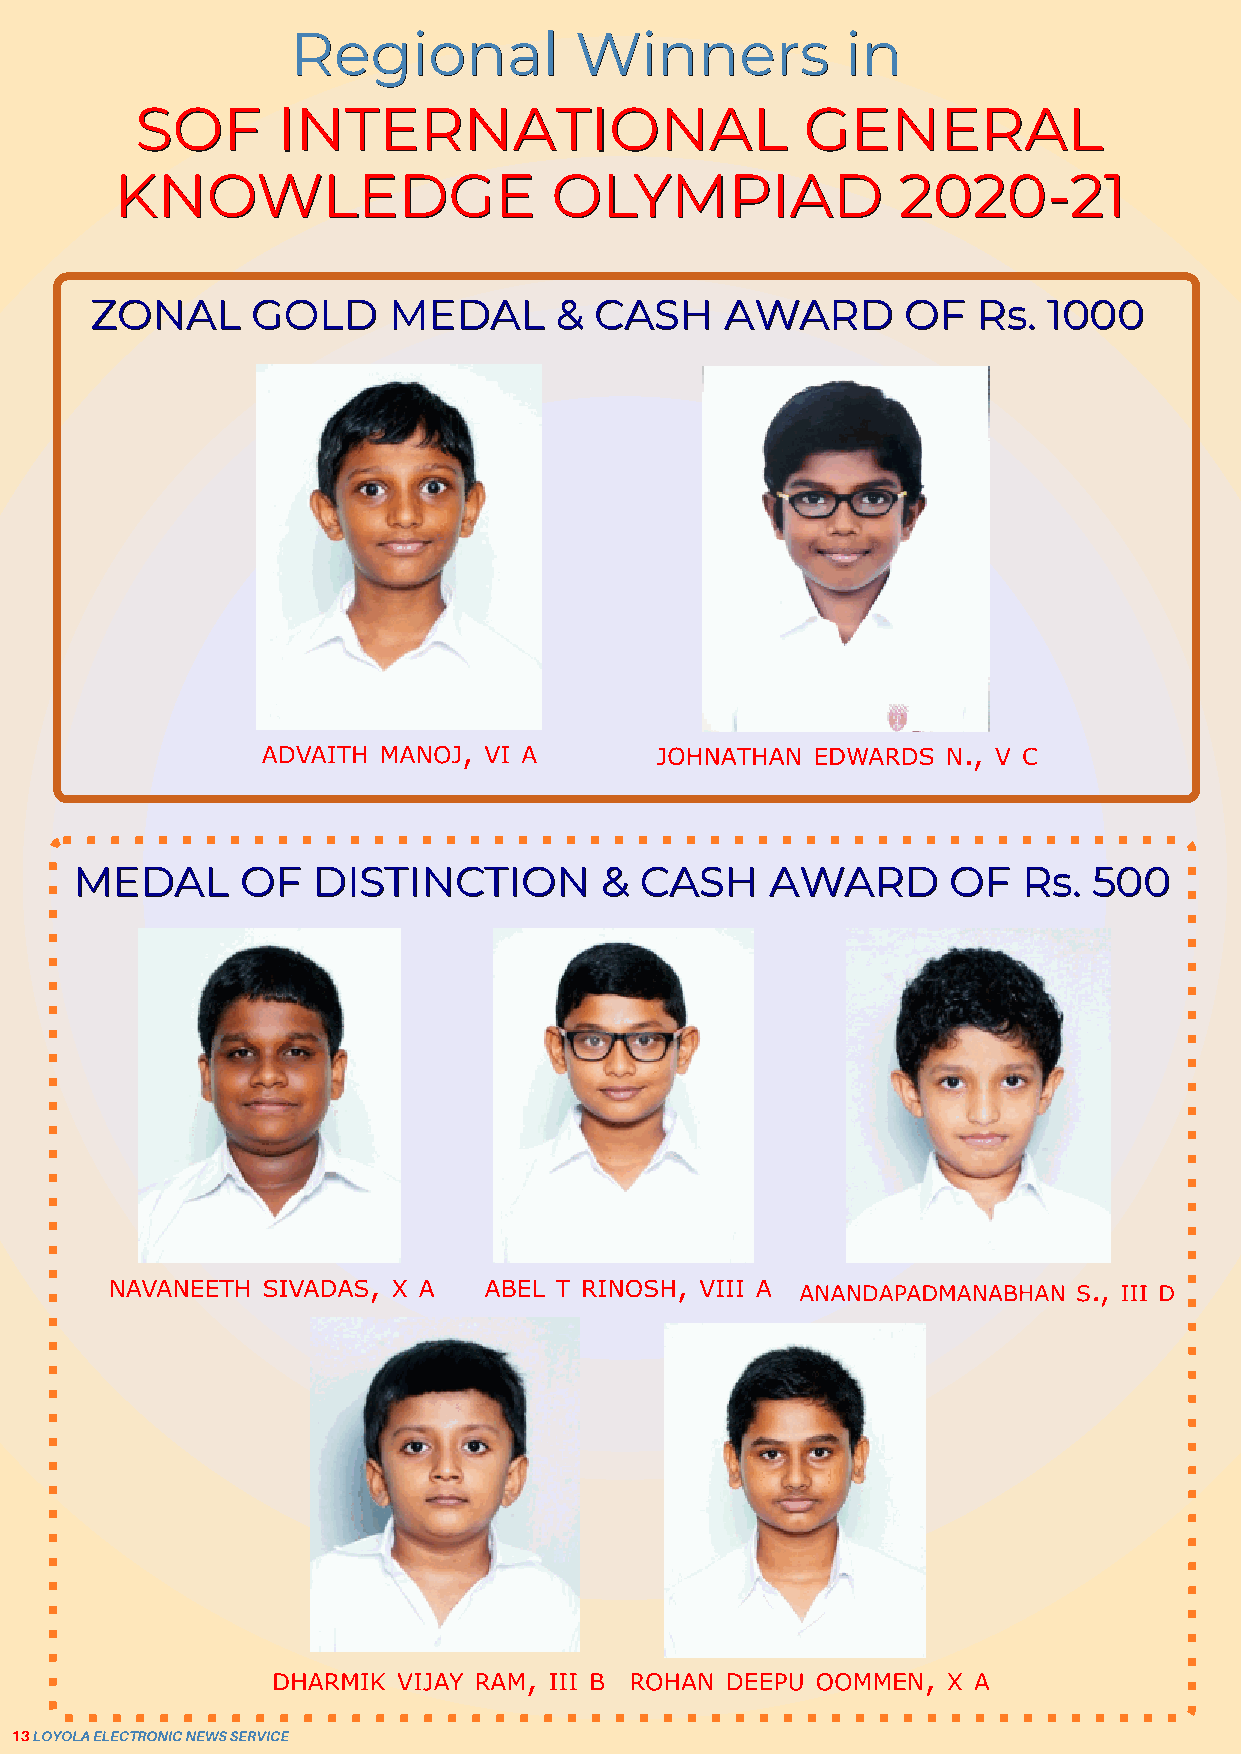
RReeggiioonnaall   WWiinnnneerrss    iinn
 SSOOFF   IINNTTEERRNNAATTIIOONNAALL         GGEENNEERRAALL
 KKNNOOWWLLEEDDGGEE          OOLLYYMMPPIIAADD       22002200--2211
 ZZOONNAALL GGOOLLDD MMEEDDAALL && CCAASSHH AAWWAARRDD OOFF RRss.. 11000000
 MMEEDDAALL OOFF DDIISSTTIINNCCTTIIOONN && CCAASSHH AAWWAARRDD OOFF RRss.. 550000
 13LOYOLAELECTRONICNEWSSERVICE